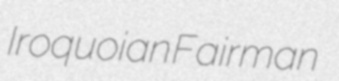
Iroquoian Fairman